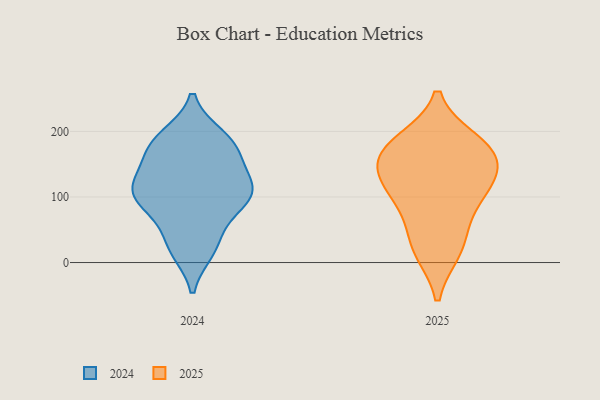
{"axis": {"x": "Inventory Turnover", "y": "Value"}, "legend": ["2024", "2025"], "data": [{"x": "", "y": 185, "type": "2025"}, {"x": "", "y": 18, "type": "2025"}, {"x": "", "y": 120, "type": "2025"}, {"x": "", "y": 161, "type": "2025"}, {"x": "", "y": 134, "type": "2025"}, {"x": "", "y": 99, "type": "2025"}, {"x": "", "y": 183, "type": "2025"}, {"x": "", "y": 60, "type": "2025"}, {"x": "", "y": 153, "type": "2025"}, {"x": "", "y": 170, "type": "2025"}, {"x": "", "y": 21, "type": "2025"}, {"x": "", "y": 106, "type": "2025"}, {"x": "", "y": 192, "type": "2024"}, {"x": "", "y": 82, "type": "2024"}, {"x": "", "y": 175, "type": "2024"}, {"x": "", "y": 19, "type": "2024"}, {"x": "", "y": 25, "type": "2024"}, {"x": "", "y": 137, "type": "2024"}, {"x": "", "y": 65, "type": "2024"}, {"x": "", "y": 183, "type": "2024"}, {"x": "", "y": 99, "type": "2024"}, {"x": "", "y": 191, "type": "2024"}, {"x": "", "y": 25, "type": "2024"}, {"x": "", "y": 167, "type": "2024"}, {"x": "", "y": 109, "type": "2024"}, {"x": "", "y": 101, "type": "2024"}, {"x": "", "y": 116, "type": "2024"}, {"x": "", "y": 117, "type": "2024"}, {"x": "", "y": 113, "type": "2024"}, {"x": "", "y": 162, "type": "2024"}, {"x": "", "y": 102, "type": "2024"}]}